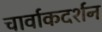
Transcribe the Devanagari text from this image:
चार्वाकदर्शन